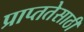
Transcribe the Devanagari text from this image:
प्राप्ततेसाठी